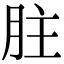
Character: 𦙴